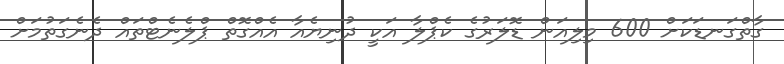
ގާތްގަނޑަކަށް 600 މިލިއަން ޑޮލަރުގެ ކެޕްލާ އަކީ ދުނިޔެއާ އެއްގޮތް ޕްލެނެޓްތައް ދެނެގަތުމަށް